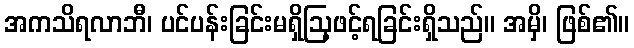
အကသိရလာဘီ၊ ပင်ပန်းခြင်းမရှိဩ့ဖင့်ရခြင်းရှိသည်။ အမှိ၊ ဖြစ်၏။